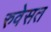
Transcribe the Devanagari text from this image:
रुवेसत